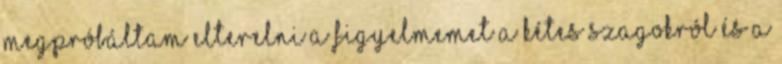
megpróbáltam elterelni a figyelmemet a kétes szagokról és a